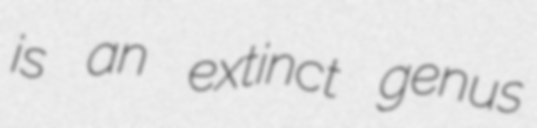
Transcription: is an extinct genus